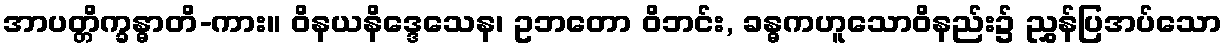
အာပတ္တိက္ခန္ဓာတိ-ကား။ ဝိနယနိဒ္ဒေသေန၊ ဥဘတော ဝိဘင်း, ခန္ဓကဟူသောဝိနည်း၌ ညွှန်ပြအပ်သော